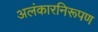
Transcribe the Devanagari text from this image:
अलंकारनिरूपण